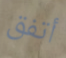
أتفق